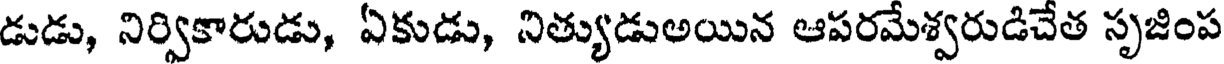
డుడు, నిర్వికారుడు, ఏకుడు, నిత్యుడుఅయిన ఆపరమేశ్వరుడిచేత సృజింప